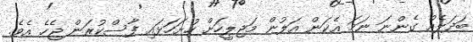
ބަދަލެއް ގެންނަ ނަމަ އެކަން އަލުން މަޖިލީހަށް ހުށަހަޅައި ފާސްކުރަން ޖެހެ އެވެ.